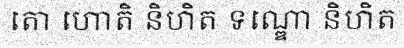
តោ ហោតិ និហិត ទណ្ឌោ និហិត